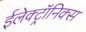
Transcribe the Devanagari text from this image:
ईलेक्ट्रॉनिक्स